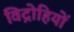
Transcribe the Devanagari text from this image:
विद्राेहियों